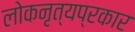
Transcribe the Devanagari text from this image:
लोकनृत्यप्रकार